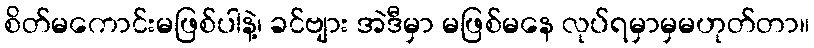
စိတ်မကောင်းမဖြစ်ပါနဲ့၊ ခင်ဗျား အဲဒီမှာ မဖြစ်မနေ လုပ်ရမှာမှမဟုတ်တာ။